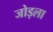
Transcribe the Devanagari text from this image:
जोड़ला